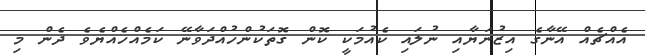
އެއްޗެއް އޭނާގެ އިޒުނަޔާއި ނުލައި ކެއުމަކީ ކޮން ގޮތަކުންހުއްދަވާނޭ ކަމެއްހެއްޔެވެ ދެން މި